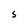
Character: S